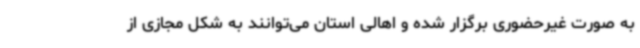
به صورت غیرحضوری برگزار شده و اهالی استان می‌توانند به شکل مجازی از